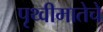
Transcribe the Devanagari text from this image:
पृथ्वीमातेचे